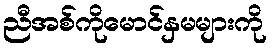
ညီအစ်ကိုမောင်နှမများကို